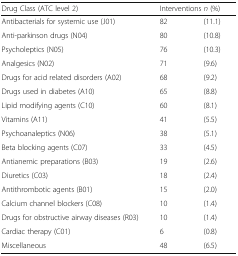
<table><thead><tr><td><b>Drug Class (ATC level 2)</b></td><td colspan="2"><b>Interventions <i>n</i> (%)</b></td></tr></thead><tbody><tr><td>Antibacterials for systemic use (J01)</td><td>82</td><td>(11.1)</td></tr><tr><td>Anti-parkinson drugs (N04)</td><td>80</td><td>(10.8)</td></tr><tr><td>Psycholeptics (N05)</td><td>76</td><td>(10.3)</td></tr><tr><td>Analgesics (N02)</td><td>71</td><td>(9.6)</td></tr><tr><td>Drugs for acid related disorders (A02)</td><td>68</td><td>(9.2)</td></tr><tr><td>Drugs used in diabetes (A10)</td><td>65</td><td>(8.8)</td></tr><tr><td>Lipid modifying agents (C10)</td><td>60</td><td>(8.1)</td></tr><tr><td>Vitamins (A11)</td><td>41</td><td>(5.5)</td></tr><tr><td>Psychoanaleptics (N06)</td><td>38</td><td>(5.1)</td></tr><tr><td>Beta blocking agents (C07)</td><td>33</td><td>(4.5)</td></tr><tr><td>Antianemic preparations (B03)</td><td>19</td><td>(2.6)</td></tr><tr><td>Diuretics (C03)</td><td>18</td><td>(2.4)</td></tr><tr><td>Antithrombotic agents (B01)</td><td>15</td><td>(2.0)</td></tr><tr><td>Calcium channel blockers (C08)</td><td>10</td><td>(1.4)</td></tr><tr><td>Drugs for obstructive airway diseases (R03)</td><td>10</td><td>(1.4)</td></tr><tr><td>Cardiac therapy (C01)</td><td>6</td><td>(0.8)</td></tr><tr><td>Miscellaneous</td><td>48</td><td>(6.5)</td></tr></tbody></table>